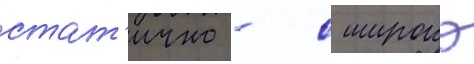
стат'ично - с широко